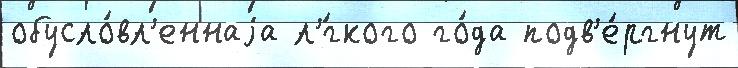
обусло́вл'еннаjа л'́гкого го́да подв'е́ргнут